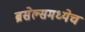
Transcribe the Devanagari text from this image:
ब्रसेल्समध्येच